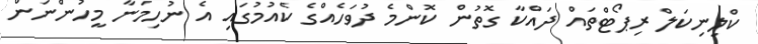
ކްލިނިކަލް ރިޕޯޓްތައް ދައްކާ ގޮތުން ކޮންމެ ދުވަހެއްގެ ކެއުމުގައި އެ ނުހިމަނާ މީހުންނަން